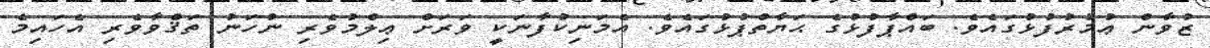
ޒުވާން ޢުމުރުފުޅުގައެވެ. ބައްޕާފުޅުގެ ޙަޔާތްޕުޅުގައެވެ. އެމަނިކުފާނަކީ ވަރަށް ޢިލްމުވެރި ނުހަނު ތަޤްވާވެރި އެހައިމެ